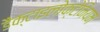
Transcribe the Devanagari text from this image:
डैक्टाइलोक्टेनियम